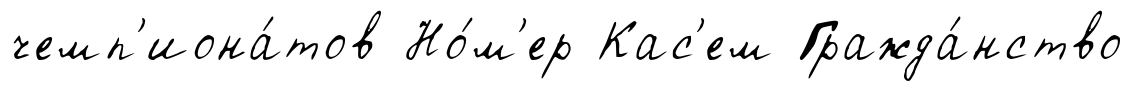
чемп'иона́тов Но́м'ер Кас'ем Гражда́нство